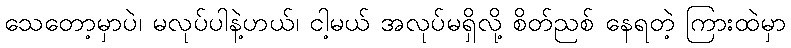
သေတော့မှာပဲ၊ မလုပ်ပါနဲ့ဟယ်၊ ငါ့မယ် အလုပ်မရှိလို့ စိတ်ညစ် နေရတဲ့ ကြားထဲမှာ